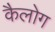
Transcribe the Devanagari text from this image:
कैलोग